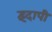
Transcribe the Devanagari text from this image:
इंदापी